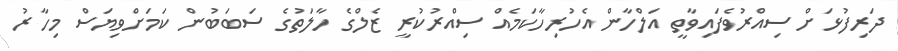
ދަރިފުޅަށް ސިއްރުވެފައިވާތީ އަލްހާން އެހުރިހާކަމެއް ސިއްރުކުރީ ޒެލްގެ ހާލަތުގެ ސަބަބުން ކަމަށްވިޔަސް މިހާރު